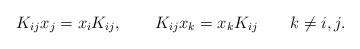
LaTeX: \begin{align*}K_{ij} x_j = x_i K_{ij}, \qquad K_{ij} x_k = x_k K_{ij} \qquad k\ne i,j. \end{align*}